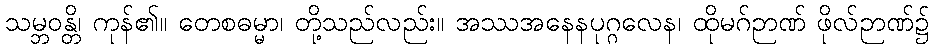
သမ္ဘဝန္တိ၊ ကုန်၏။ တေစဓမ္မာ၊ တို့သည်လည်း။ အဿအနေနပုဂ္ဂလေန၊ ထိုမဂ်ဉာဏ် ဖိုလ်ဉာဏ်၌